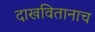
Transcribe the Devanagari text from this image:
दाखवितानाच